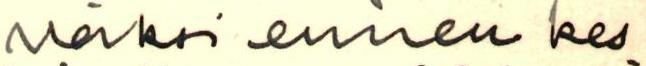
väksi ennen kes-